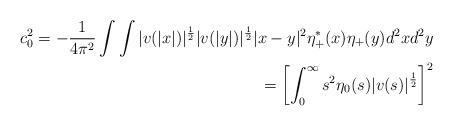
LaTeX: \begin{align*} c_0^2 = - \frac 1{4\pi^2} \int \int |v (|x|)|^\frac 12 |v(|y|)|^\frac 12 |x-y|^2 \eta_+^* (x) \eta_+ (y) d^2 x d^2 y \\= \left[\int_0^\infty s^2 \eta_0 (s) |v (s)|^\frac 12 \right]^2 \end{align*}